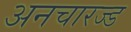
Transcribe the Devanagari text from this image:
अनचारज्ड